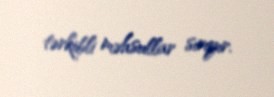
tərkibli məhsullar sırıyır.